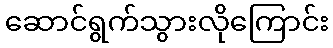
ဆောင်ရွက်သွားလိုကြောင်း